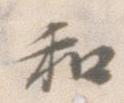
和